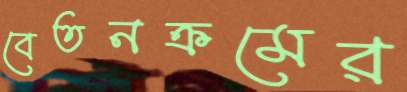
বেতনক্রমের